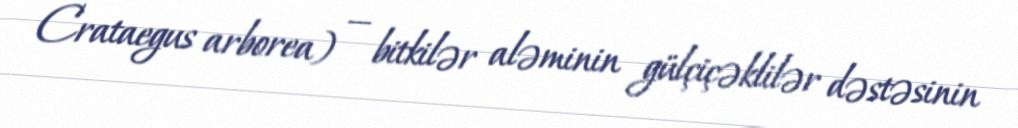
Crataegus arborea) — bitkilər aləminin gülçiçəklilər dəstəsinin